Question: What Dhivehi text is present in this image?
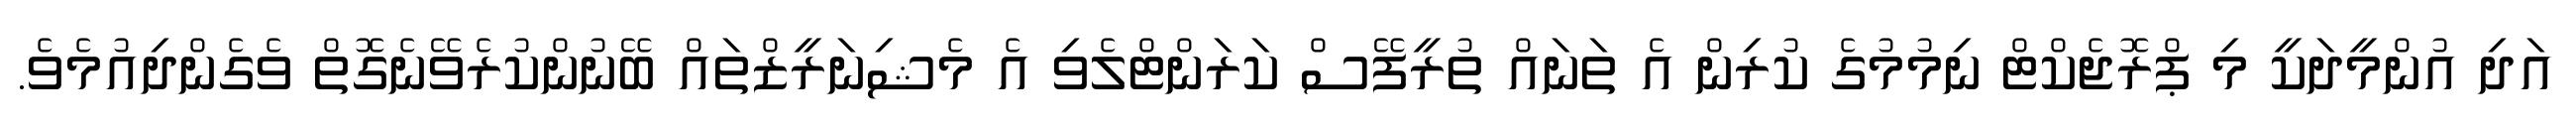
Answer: އަދި އުންމީދަކީ މި ޕްރޮޖެކްޓް ނިމުމުގެ ކުރިން އެ ތަނައް ތުރީފޭސް ކަރަންޓްލެވި އެ މެޝިނަރީޒްތައް ބޭނުންކުރެވޭނެގޮތް ވެގެންދިއުމެވެ.